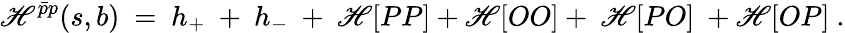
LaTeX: \mathscr{H}^{\bar{{p}}p}(s,b)\ =\ h_{+}\ +\ h_{-}\ +\ \mathscr{H}[PP]+\mathscr{H}[OO]+\ \mathscr{H}[PO]\ +\mathscr{H}[OP]\ .